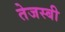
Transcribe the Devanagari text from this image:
तेजस्बी